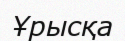
Ұрысқа